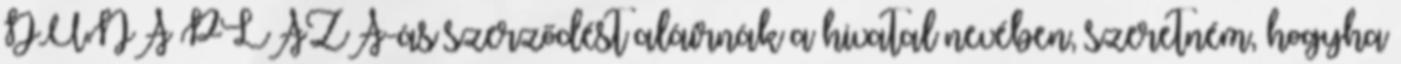
DUNA PLAZA-ás szerződést aláírnák a hivatal nevében, szeretném, hogyha